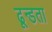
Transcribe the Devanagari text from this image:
ढून्डता